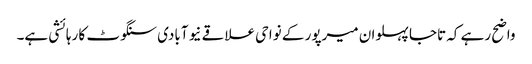
واضح رہے کہ تاجا پہلوان میرپور کے نواحی علاقے نیو آبادی سنگوٹ کا رہائشی ہے۔